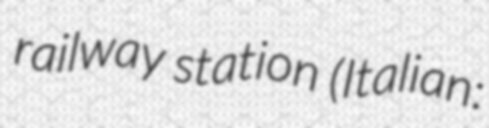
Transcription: railway station (Italian: